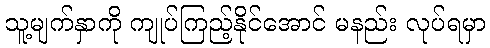
သူ့မျက်နှာကို ကျုပ်ကြည့်နိုင်အောင် မနည်း လုပ်ရမှာ